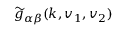
\widetilde { g } _ { \alpha \beta } ( \boldsymbol { k } , \boldsymbol { v } _ { 1 } , \boldsymbol { v } _ { 2 } )